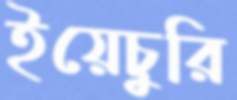
ইয়েচুরি